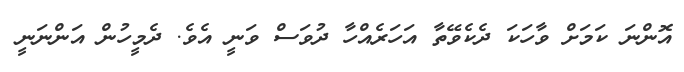
އޮންނަ ކަމަށް ވާހަކަ ދެކެވޭތާ އަހަރެއްހާ ދުވަސް ވަނީ އެވެ. ދެމީހުން އަންނަނީ